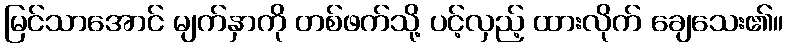
မြင်သာအောင် မျက်နှာကို တစ်ဖက်သို့ ပင့်လှည့် ထားလိုက် ချေသေး၏။